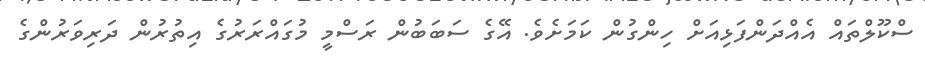
ސްކޫލްތައް އެއްދަންފަޅިއަށް ހިންގުން ކަމަށެވެ. އޭގެ ސަބަބުން ރަސްމީ މުގައްރަރުގެ އިތުރުން ދަރިވަރުންގެ